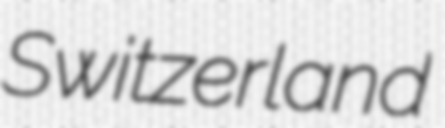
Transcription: Switzerland